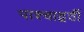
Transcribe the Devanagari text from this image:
पाश्चाद्वर्ती